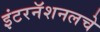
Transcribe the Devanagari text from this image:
इंटरनॅशनलचे